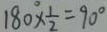
1 8 0 ^ { \circ } \times \frac { 1 } { 2 } = 9 0 ^ { \circ }